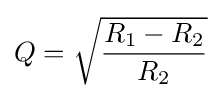
Q={\sqrt {\frac {R_{1}-R_{2}}{R_{2}}}}